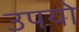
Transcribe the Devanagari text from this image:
उपयो